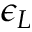
\epsilon _ { L }